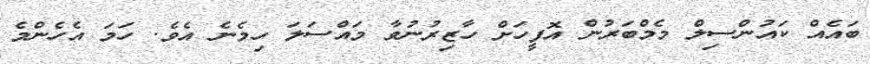
ބައެއް ކައުންސިލް މެމްބަރުން އޮފީހަށް ހާޒިރުނުވާ މައްސަލަ ހިމެނެ އެވެ. ހަަމަ އެހެންމެ